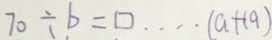
7 0 \div b = \square \cdots ( a + 1 9 )